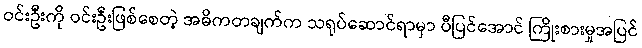
ဝင်းဦးကို ဝင်းဦးဖြစ်စေတဲ့ အဓိကတချက်က သရုပ်ဆောင်ရာမှာ ပီပြင်အောင် ကြိုးစားမှုအပြင်